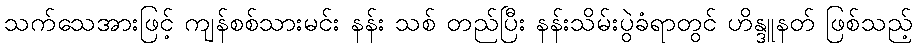
သက်သေအားဖြင့် ကျန်စစ်သားမင်း နန်း သစ် တည်ပြီး နန်းသိမ်းပွဲခံရာတွင် ဟိန္ဒူနတ် ဖြစ်သည့်